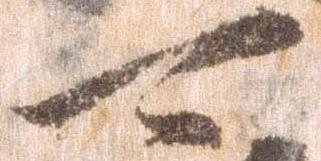
可